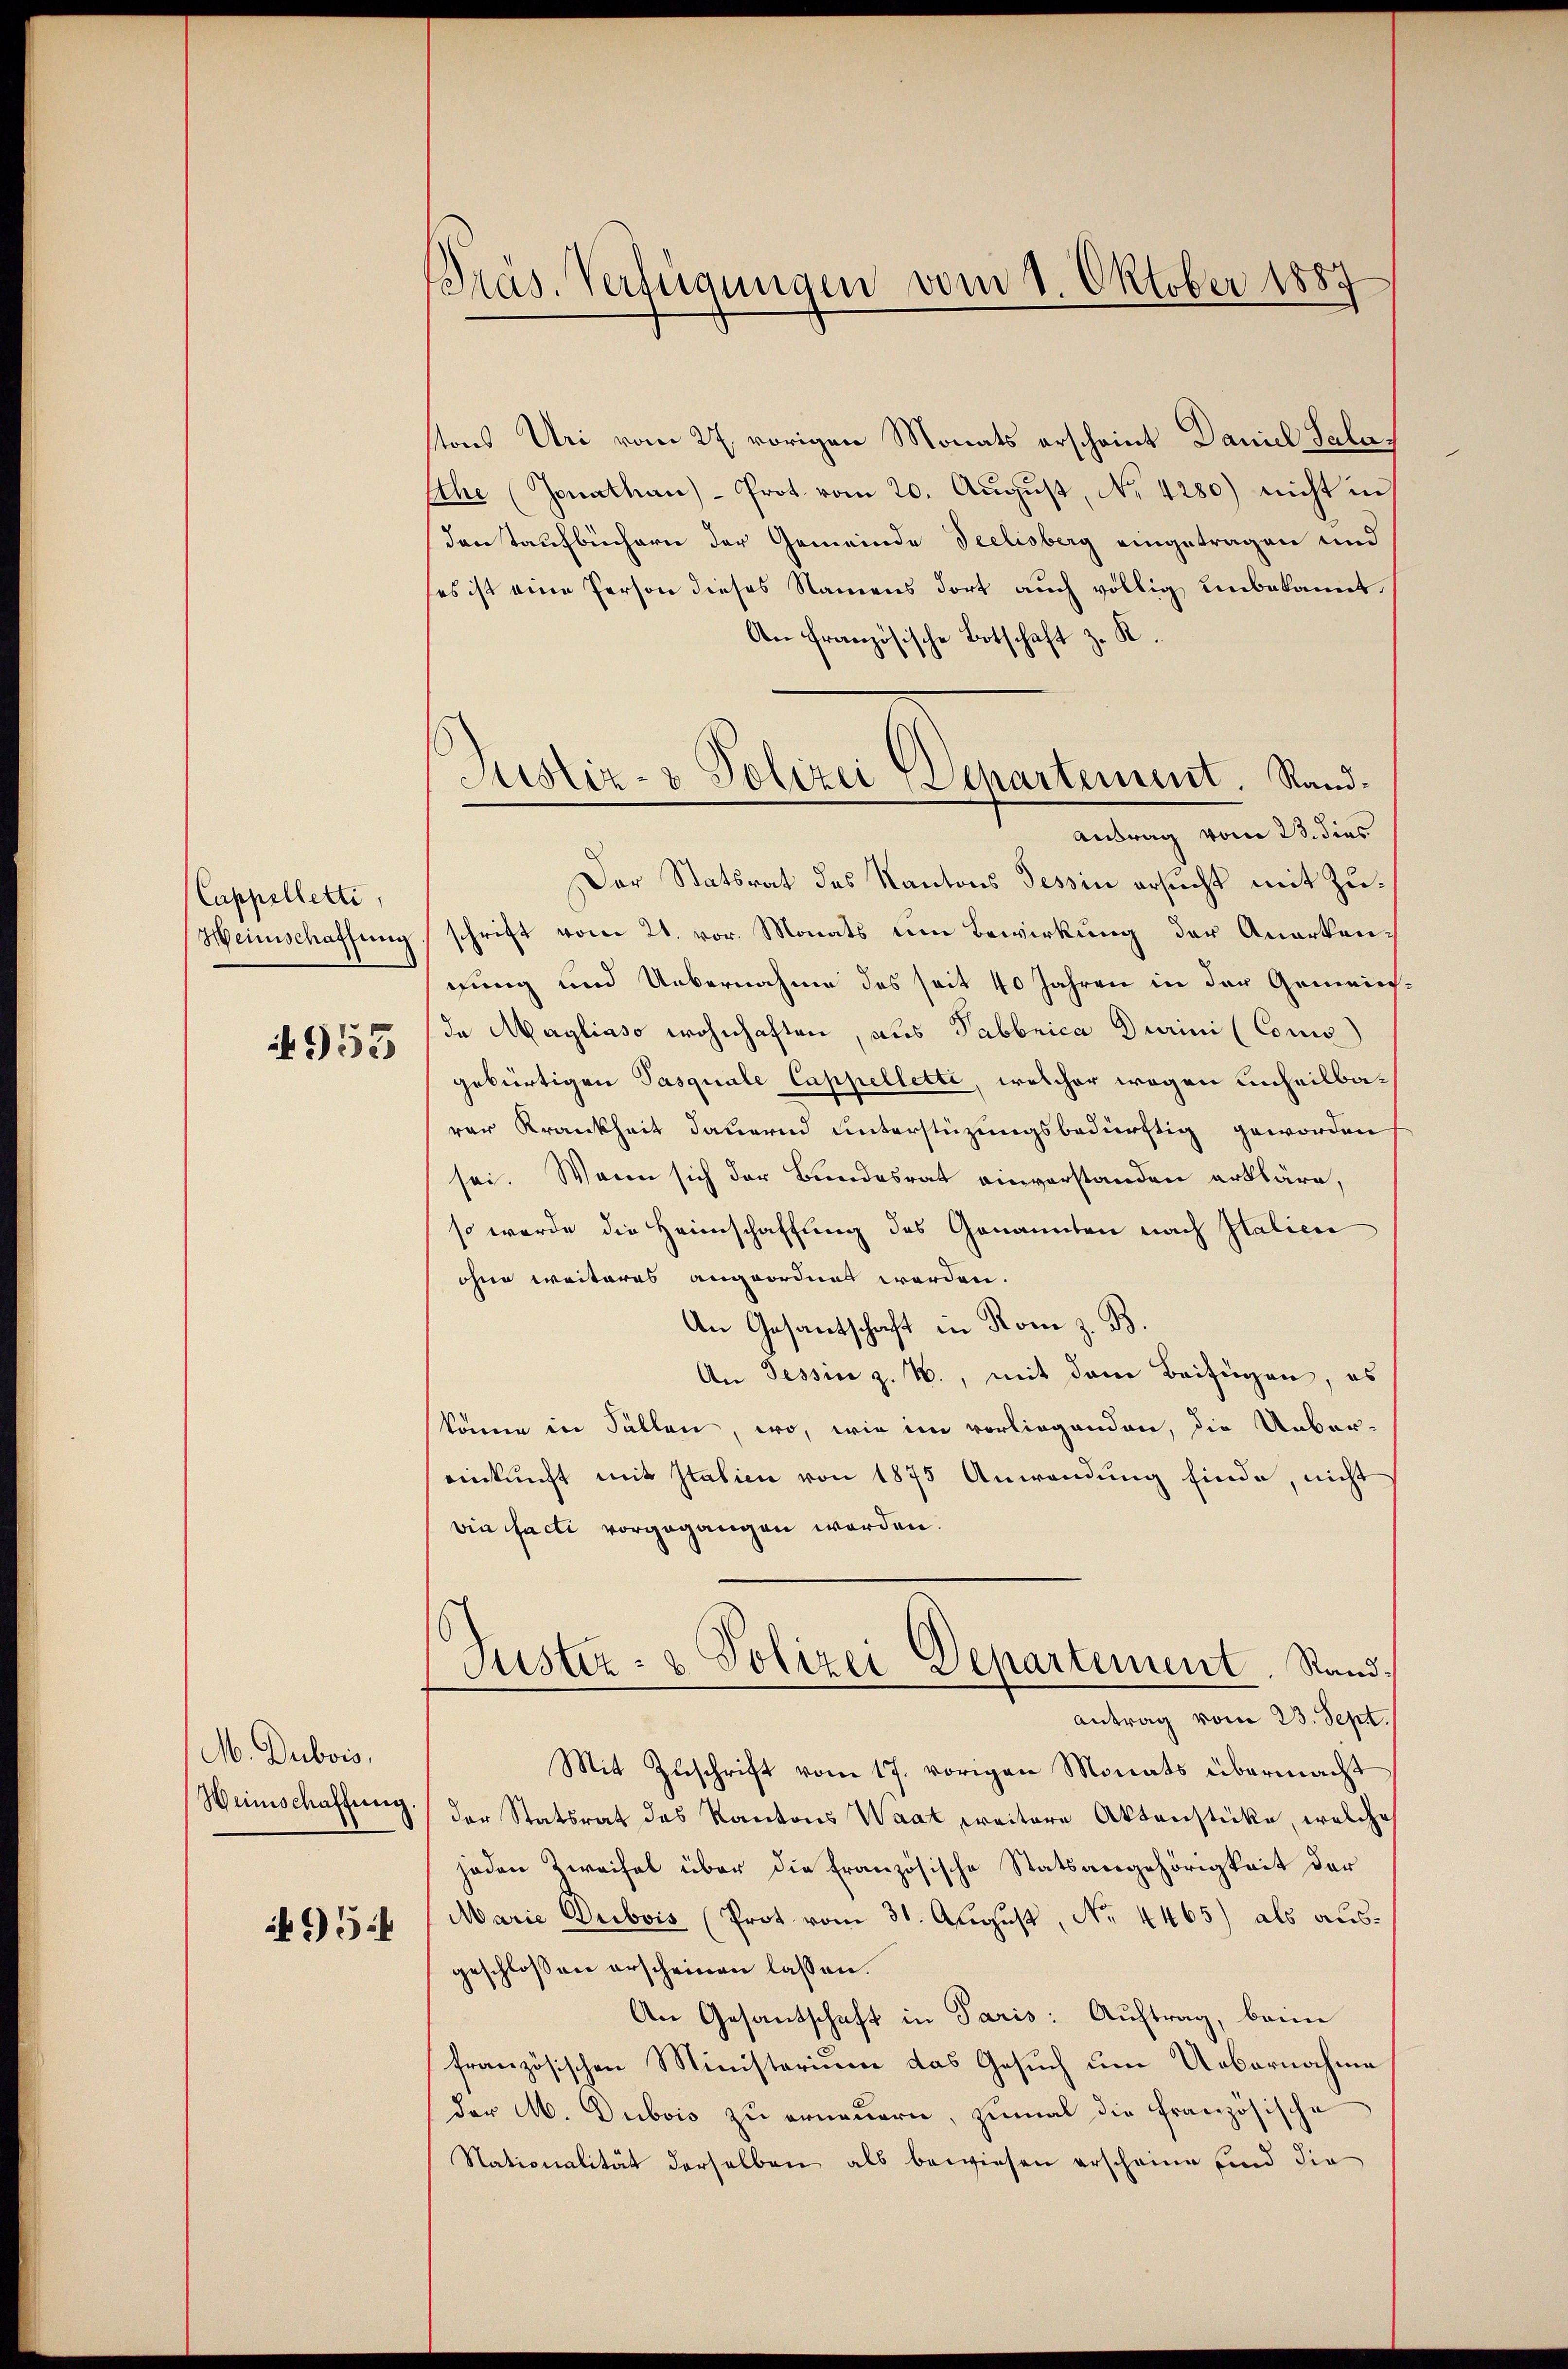
Präs. Verfügungen vom 1. Oktober 1887

stons Uri vom 27. vorigen Monats erscheint Daniel Salas
Ethe (Jonathan Prot vom 20. Aŭgŭst No. 4280) nicht in
den Taufbüchern der Gemeinde Seelisberg eingetragen und
ses ist eine Person dieses Namens dort auch völlig unbekannt,
An französische Botschaft z. K.
Der Statsrat des Kantons Tessin ersucht mit Zuschrift vom 21. vor. Monats um Bewirkung der Anerkengung und Uebernahme des seit 40 Jahren in der Gemeindda Magliaso wohnhaften, aus Tabbrica Durini (Comis
gebürtigen Pasquale Cappellette, welcher wegen unheilbarer Krankheit dauernd unterstüzungsbedürftig geworden
sei. Wenn sich der Bundesrat einverstanden erkläre,
so wurde die Heimschaffung des Genannten nach Italien
ohne weiteres angeordnet werden.
An Gesantschaft in Rom z. B.
An Tessin z. B., mit dem Beifügen, es
könne in Fällen, wo, wie im vorliegenden, die Ueber-
einkunft mit Italien von 1875 Anwendung finde, nicht
vin facti vorgegangen worden.
Justiz- & Polizei Departement. Rand¬
Antrag vom 23. Sept.
Mit Zuschrift vom 17. vorigen Monats übermacht
der Statsrat des Kantons Waat preitere Aktenstücke, welche
jeden Zweifel über die französische Statsangehörigkeit der
Marie Dubois (Prot vom 31. August, No. 4465) als ausgeschlossen erscheinen lassen.
An Gesantschaft in Paris: Auftrag, beim
französischen Ministerium das Gesuch um Uebernahme
der M. Dubois zu erneuern, zumal die französische
Nationalität derselben als bewiesen erscheine und die

Justiz- & Polizei Departement. Sand¬
Antrag vom 23. dies

Cappelletti,
Heimschaffung

953

M. Dubois,
Wünschaffung.
954